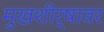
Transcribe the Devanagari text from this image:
मुखशीर्षावर